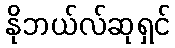
နိုဘယ်လ်ဆုရှင်